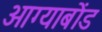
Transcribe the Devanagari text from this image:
आग्याबोंड